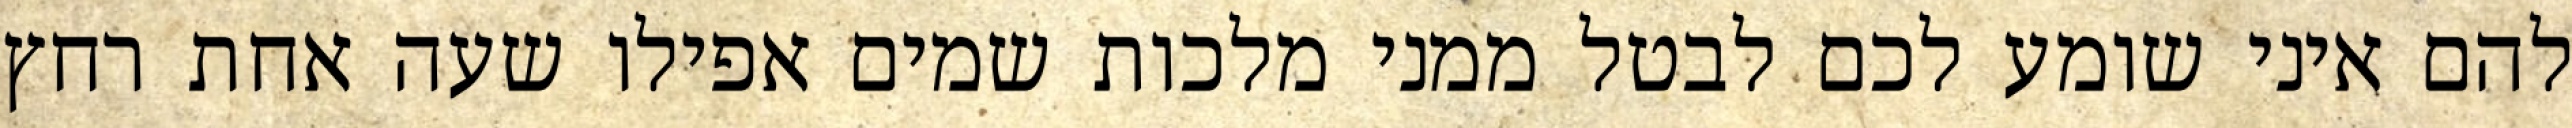
להם איני שומע לכם לבטל ממני מלכות שמים אפילו שעה אחת רחץ